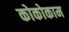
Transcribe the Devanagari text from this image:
कोकोकाम